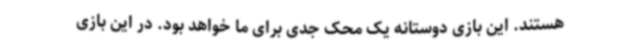
هستند. این بازی دوستانه یک محک جدی برای ما خواهد بود. در این بازی